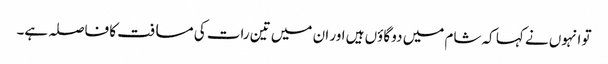
تو انہوں نے کہا کہ شام میں دو گاؤں ہیں اور ان میں تین رات کی مسافت کا فاصلہ ہے۔